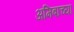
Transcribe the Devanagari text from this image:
अमिबाच्या